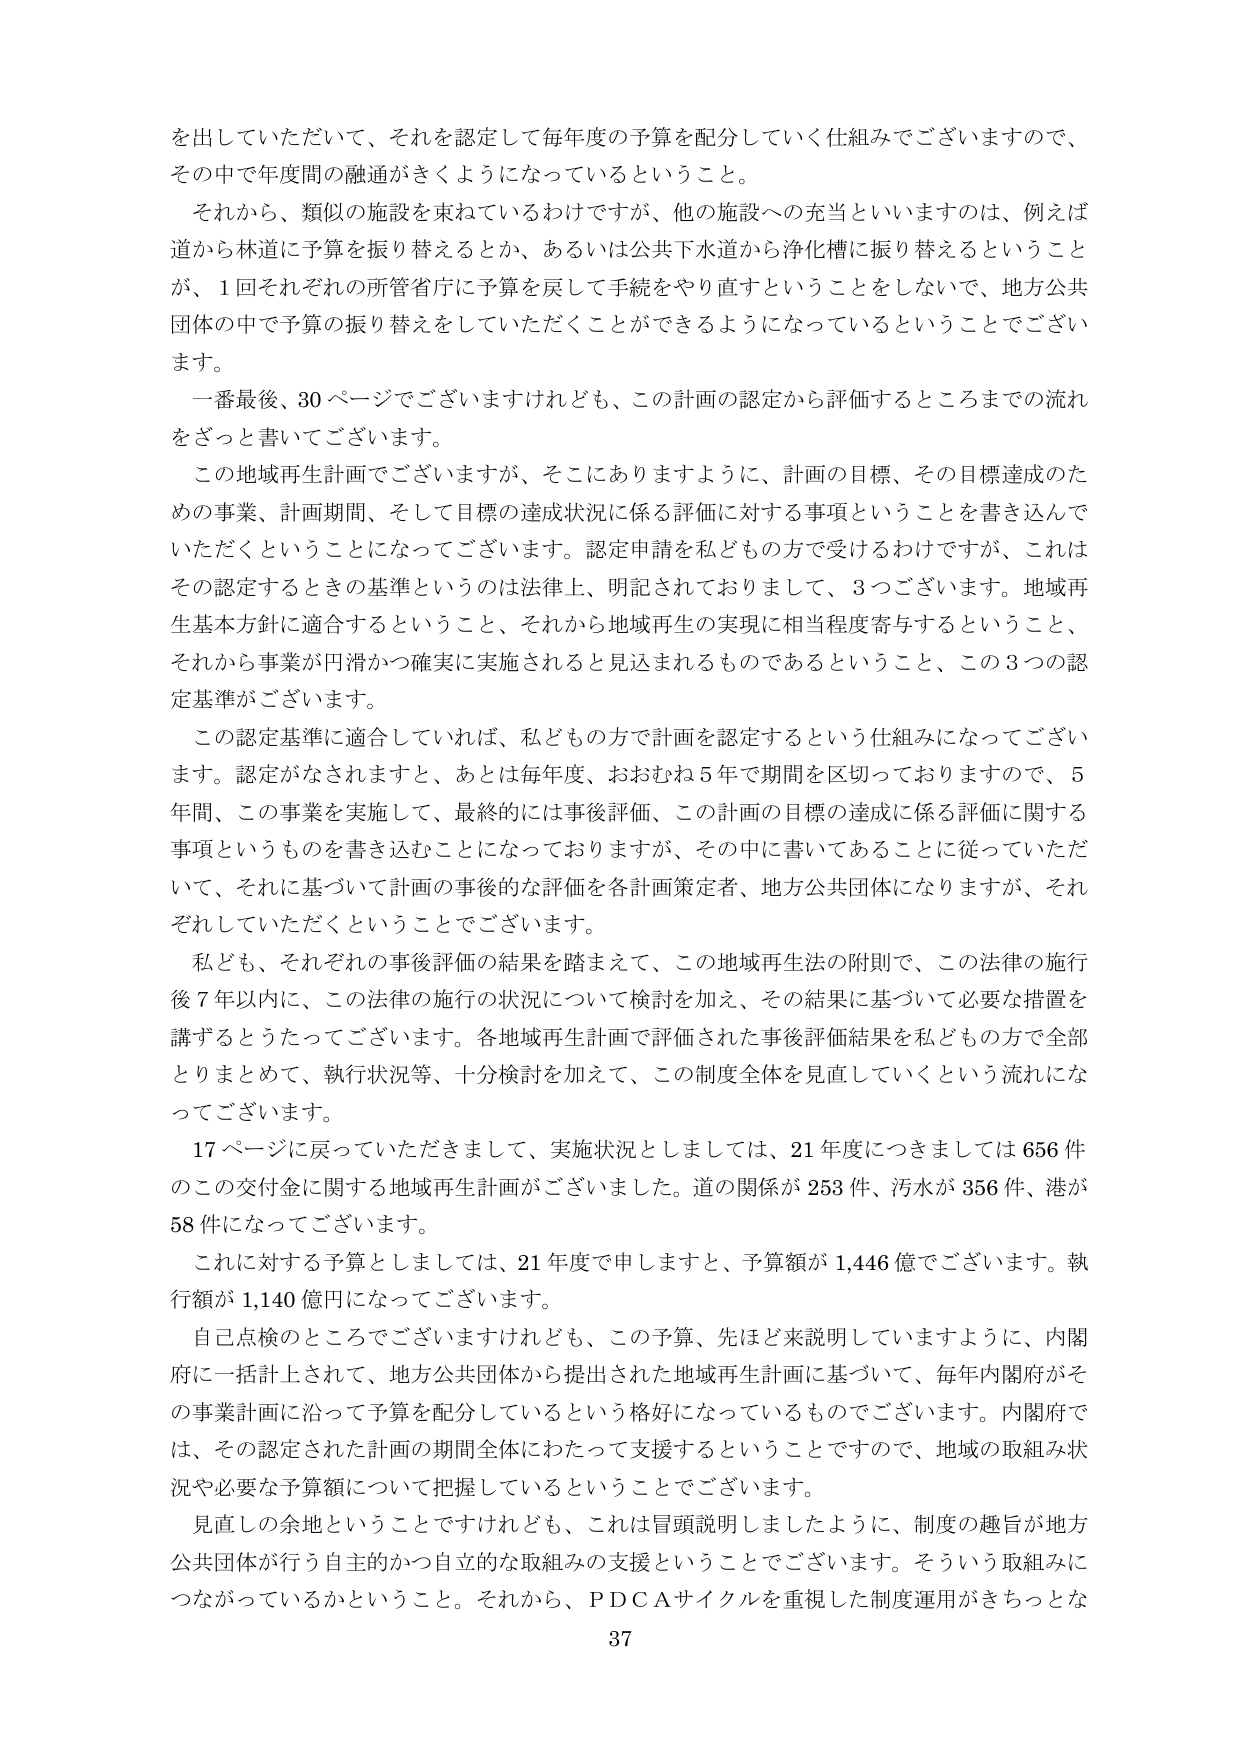
を出していただいて、それを認定して毎年度の予算を配分していく仕組みでございますので、
その中で年度間の融通がきくようになっているということ。
それから、類似の施設を束ねているわけですが、他の施設への充当といいますのは、例えば
道から林道に予算を振り替えるとか、あるいは公共下水道から浄化槽に振り替えるということ
が、1回それぞれの所管省庁に予算を戻して手続をやり直すということをしないで、地方公共
団体の中で予算の振り替えをしていただくことができるようになっているということでござい
ます。
一番最後、30ページでございますけれども、この計画の認定から評価するところまでの流れ
をざっと書いてございます。
この地域再生計画でございますが、そこにありますように、計画の目標、その目標達成のた
めの事業、計画期間、そして目標の達成状況に係る評価に対する事項ということを書き込んで
いただくということになってございます。認定申請を私どもの方で受けるわけですが、これは
その認定するときの基準というのは法律上、明記されておりまして、3つございます。地域再
生基本方針に適合するということ、それから地域再生の実現に相当程度寄与するということ、
それから事業が円滑かつ確実に実施されると見込まれるものであるということ、この3つの認
定基準がございます。
この認定基準に適合していれば、私どもの方で計画を認定するという仕組みになってござい
ます。認定がなされますと、あとは毎年度、おおむね5年で期間を区切っておりますので、5
年間、この事業を実施して、最終的には事後評価、この計画の目標の達成に係る評価に関する
事項というものを書き込むことになっておりますが、その中に書いてあることに従っていただ
いて、それに基づいて計画の事後のな評価を各計画策定者、地方公共団体になりますが、それ
ぞれしていただくということでございます。
私ども、それぞれの事後評価の結果を踏まえて、この地域再生法の附則で、この法律の施行
後7年以内に、この法律の施行の状況について検討を加え、その結果に基づいて必要な措置を
講ずるとうたってございます。各地域再生計画で評価された事後評価結果を私どもの方で全部
とりまとめて、執行状況等、十分検討を加えて、この制度全体を見直していくという流れにな
ってございます。
17ページに戻っていただきまして、実施状況としましては、21年度につきましては656件
のこの交付金に関する地域再生計画がございました。道の関係が253件、汚水が356件、港が
58件になってございます。
これに対する予算としましては、21年度で申しますと、予算額が1,446億でございます。執
行額が1,140億円になってございます。
自己点検のところでございますけれども、この予算、先ほど来説明していますように、内閣
府に一括計上されて、地方公共団体から提出された地域再生計画に基づいて、毎年内閣府がそ
の事業計画に沿って予算を配分しているという格好になっているものでございます。内閣府で
は、その認定された計画の期間全体にわたって支援するということでですので、地域の取組み状
況や必要な予算額について把握しているということでございます。
見直しの余地ということでけれども、これは冒頭説明しましたように、制度の趣旨が地方
公共団体が行う自主的かつ自立的な取組みの支援ということでございます。そういう取組みに
つながっているかということ。それから、PDCAサイクルを重視した制度運用がきちっとな
37